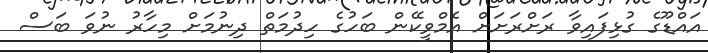
އައްޑޫގެ ގުޅިފައިވާ ރަށްރަށަށް އެމްވީކޭން ބަހުގެ ހިދުމަތް ދިނުމަށް މިހާރު ނުވަ ބަސް